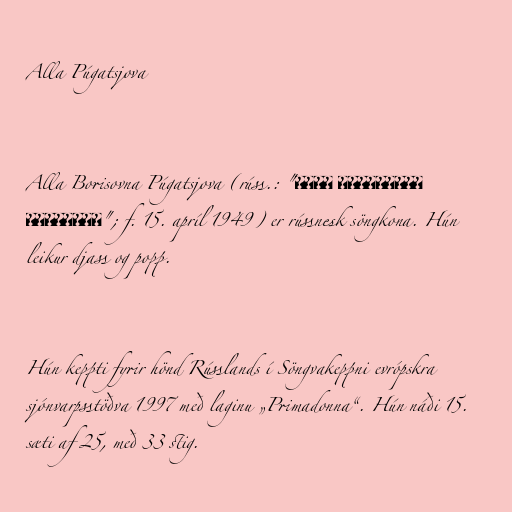
Alla Púgatsjova

Alla Borisovna Púgatsjova (rúss.: "Алла Борисовна
Пугачёва"; f. 15. apríl 1949) er rússnesk söngkona. Hún
leikur djass og popp.

Hún keppti fyrir hönd Rússlands í Söngvakeppni evrópskra
sjónvarpsstöðva 1997 með laginu „Primadonna“. Hún náði 15.
sæti af 25, með 33 stig.